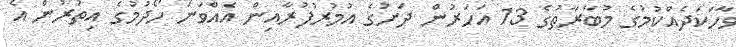
ވާހަކަދެއްކުމުގެ މުބާރާތުގެ 13 އަހަރުން ދަށުގެ އުމުރުފުރާއިން އެއްވަނަ ހޯދުމުގެ އިތުރުން އެ